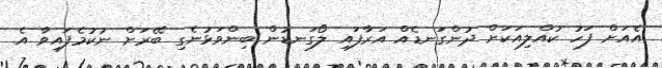
އެއަށް ފަހު ކުއްލިއަކަށް ދުންގަނޑެއް އަރާފައި ލޯގަނޑުން ބިންވަޅުނެގި ބޭރަށް ނުކުމެފައިވާ އެ